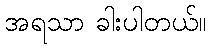
အရသာ ခါးပါတယ်။